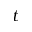
t